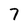
Character: 7